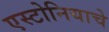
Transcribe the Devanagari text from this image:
एस्टोनियाचे